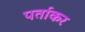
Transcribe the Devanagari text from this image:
पर्ताकर